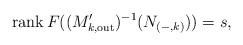
LaTeX: \begin{align*}\operatorname{rank}{F((M_{k,\mathrm{out}}')^{-1}(N_{(-,k)}))} = s,\end{align*}